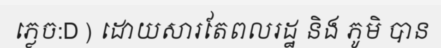
ភ្លេច:D ) ដោយសារតែពលរដ្ឋ និង ភូមិ បាន